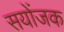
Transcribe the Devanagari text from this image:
सयोंजक